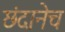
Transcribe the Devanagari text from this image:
छंदानेच